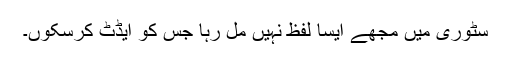
سٹوری میں مجھے ایسا لفظ نہیں مل رہا جس کو ایڈٹ کرسکوں۔